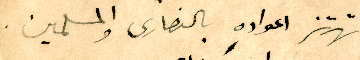
تهتز اعوادهِ بالنصارى والمسلمين.